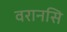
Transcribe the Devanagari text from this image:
वरानसि